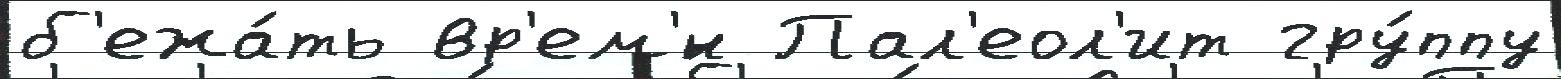
б'ежа́ть вр'ем'́н Пал'еол'ит гру́ппу